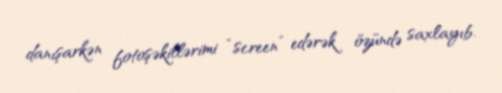
danışarkən fotoşəkillərimi “screen” edərək özündə saxlayıb.